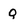
Character: Q